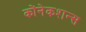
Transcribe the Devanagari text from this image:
कोंनेकशन्स